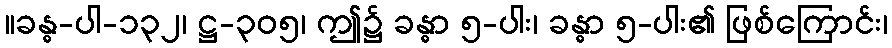
။ခန္ဓ-ပါ-၁၃၂၊ ဋ္ဌ-၃၀၅၊ ဤ၌ ခန္ဓာ ၅-ပါး၊ ခန္ဓာ ၅-ပါး၏ ဖြစ်ကြောင်း၊